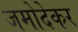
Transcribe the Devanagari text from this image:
जमोदेकर